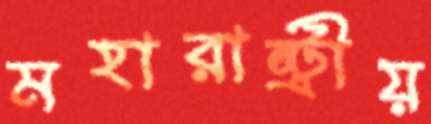
মহারাষ্ট্রীয়